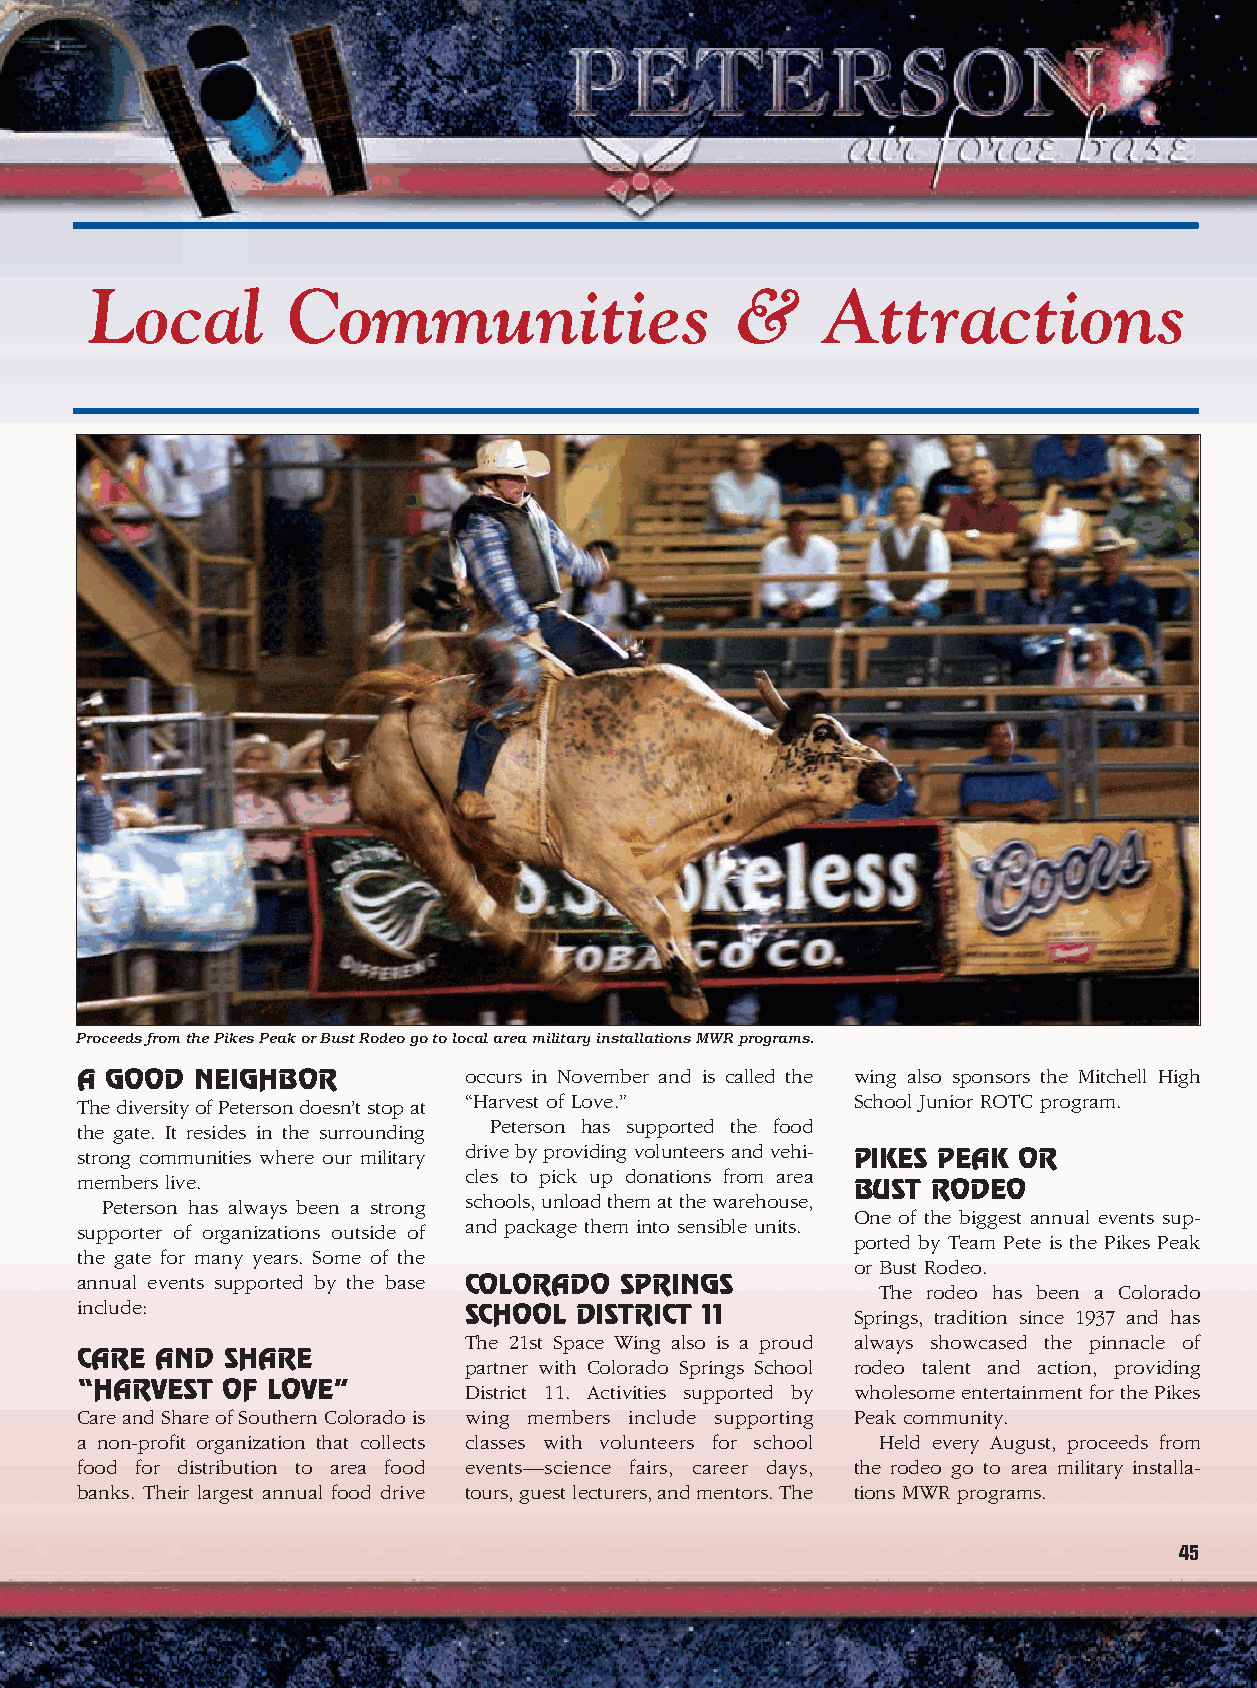
Local        Communities                   &    Attractions
 Proceeds from the Pikes Peak or Bust Rodeo go to local area military installations MWR programs.
 A GOOD  NEIGHBOR          occurs in November and is called the wing also sponsors the Mitchell High
 The diversity of Peterson doesn’t stop at “Harvest of Love.” School Junior ROTC program.
 the gate. It resides in the surrounding Peterson has supported the food
 strong communities where our military drive by providing volunteers and vehi- PIKES PEAK OR
 members live.             cles to pick up donations from area
 BUST  RODEO
 Peterson has always been a strong schools, unload them at the warehouse,
 One of the biggest annual events sup-
 supporter of organizations outside of and package them into sensible units.
 ported by Team Pete is the Pikes Peak
 the gate for many years. Some of the
 or Bust Rodeo.
 annual events supported by the base COLORADO SPRINGS
 The rodeo has been a Colorado
 include:
 SCHOOL DISTRICT 11       Springs, tradition since 1937 and has
 The 21st Space Wing also is a proud always showcased the pinnacle of
 CARE AND  SHARE
 partner with Colorado Springs School rodeo talent and action, providing
 “HARVEST  OF LOVE”        District 11. Activities supported by wholesome entertainment for the Pikes
 Care and Share of Southern Colorado is wing members include supporting Peak community.
 a non-profit organization that collects classes with volunteers for school Held every August, proceeds from
 food for distribution to area food events—science fairs, career days, the rodeo go to area military installa-
 banks. Their largest annual food drive tours, guest lecturers, and mentors. The tions MWR programs.
 45